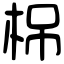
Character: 𣑐